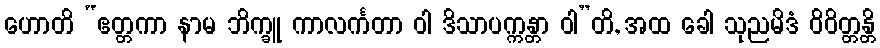
ဟောတိ “ဧတ္တကာ နာမ ဘိက္ခူ ကာလင်္ကတာ ဝါ ဒိသာပက္ကန္တာ ဝါ”တိ, အထ ခေါ သုညမိဒံ ဝိဝိတ္တန္တိ